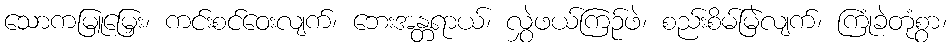
သောကမြူမြှေး၊ ကင်းစင်ဝေးလျက်၊ ဘေးအန္တရာယ်၊ လွှဲဖယ်ကြဉ်ဖဲ၊ စည်းစိမ်မြဲလျက်၊ ကြုံခဲတုံစွာ၊